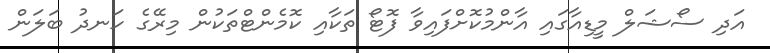
އަދި ސޯޝަލް މީޑިއާގައި އާންމުކޮށްފައިވާ ފޮޓޯ ތަކާއި ކޮމެންޓްތަކުން މިރޭގެ ހަނދު ބަލަން